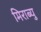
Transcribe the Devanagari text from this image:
मिराब्यु